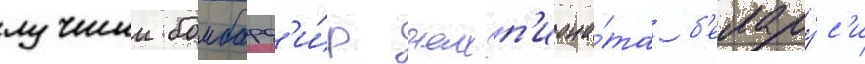
лучшии бомбард'и́р чемп'иона́та б'елару́с'и